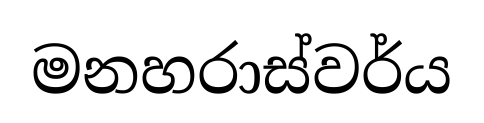
මනහරාස්වර්ය